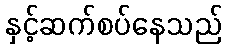
နှင့်ဆက်စပ်နေသည်